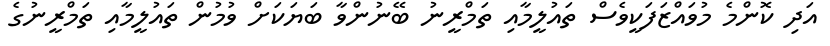
އަދި ކޮންމެ މުވައްޒަފަކީވެސް ތައުލީމާއި ތަމްރީނު ބޭނުންވާ ބަޔަކަށް ވުމުން ތައުލީމާއި ތަމްރީނުގެ